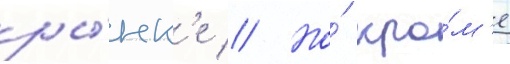
ры́нк'е // Но́ кро́м'е